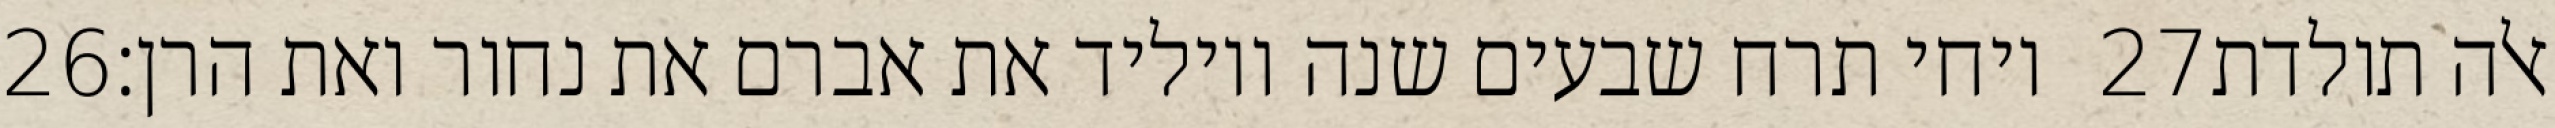
‎26‏ ויחי תרח שבעים שנה ויוליד את אברם את נחור ואת הרן׃ ‎27‏ אלה תולדת